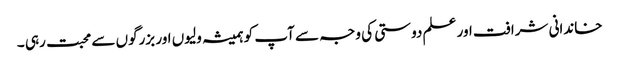
خاندانی شرافت اور علم دوستی کی وجہ سے آپ کو ہمیشہ ولیوں اور بزرگوں سے محبت رہی ۔